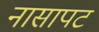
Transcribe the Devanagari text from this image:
नासापट